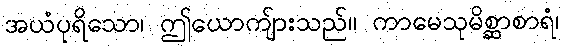
အယံပုရိသော၊ ဤယောကျ်ားသည်။ ကာမေသုမိစ္ဆာစာရံ၊